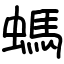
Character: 螞